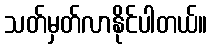
သတ်မှတ်လာနိုင်ပါတယ်။